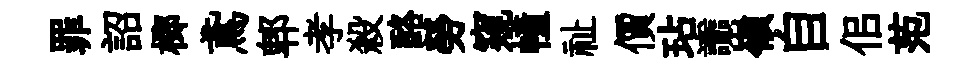
罪詔榔鳶郫孝殺酪勞窺幢祉價玷讟嶺自佀范